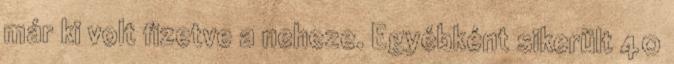
már ki volt fizetve a neheze. Egyébként sikerült 40